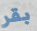
بقر